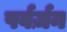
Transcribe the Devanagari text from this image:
पर्वर्ज़न